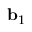
{ \bf b } _ { 1 }